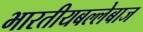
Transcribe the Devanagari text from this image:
भारतीयबल्लेबाज